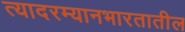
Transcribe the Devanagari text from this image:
त्यादरम्यानभारतातील